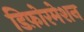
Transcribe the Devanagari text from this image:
डिफ़ोरमेशन